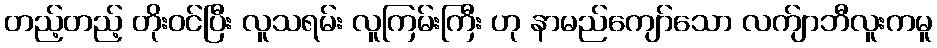
တည့်တည့် တိုးဝင်ပြီး လူသရမ်း လူကြမ်းကြီး ဟု နာမည်ကျော်သော လက်ျာဘီလူးကမူ